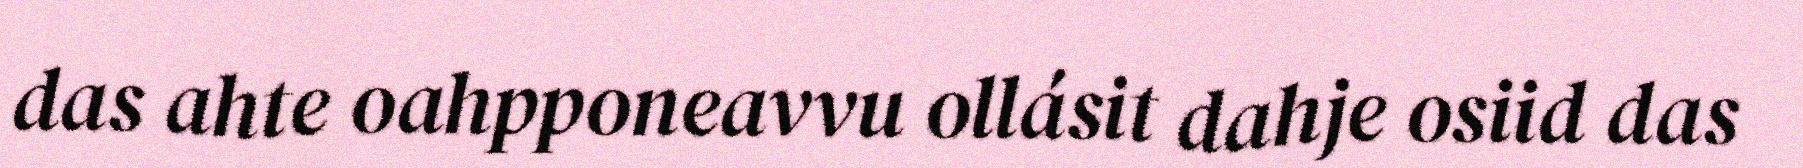
das ahte oahpponeavvu ollásit dahje osiid das